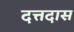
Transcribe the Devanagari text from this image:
दत्तदास